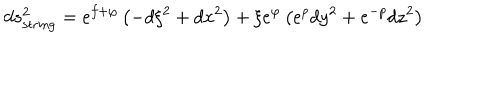
d s _ { \mathrm { s t r i n g } } ^ { 2 } = e ^ { f + \varphi } \left( - d \xi ^ { 2 } + d x ^ { 2 } \right) + \xi e ^ { \varphi } \left( e ^ { p } d y ^ { 2 } + e ^ { - p } d z ^ { 2 } \right)